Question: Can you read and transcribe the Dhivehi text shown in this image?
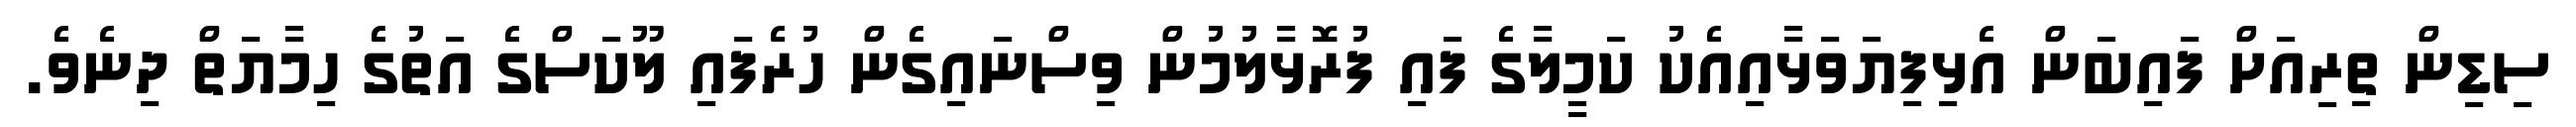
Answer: ސިޑިން ތިރިއަށް ފައިބަން އެޅިފިޔަވަޅާއިއެކު ކަމީލާގެ ފައި ފުރޮޅާލުމުން ވިސްނައިގެން ހުރެފައި ލޫކަސްގެ އަތުގެ ހިމާޔަތް ދިނެވެ.